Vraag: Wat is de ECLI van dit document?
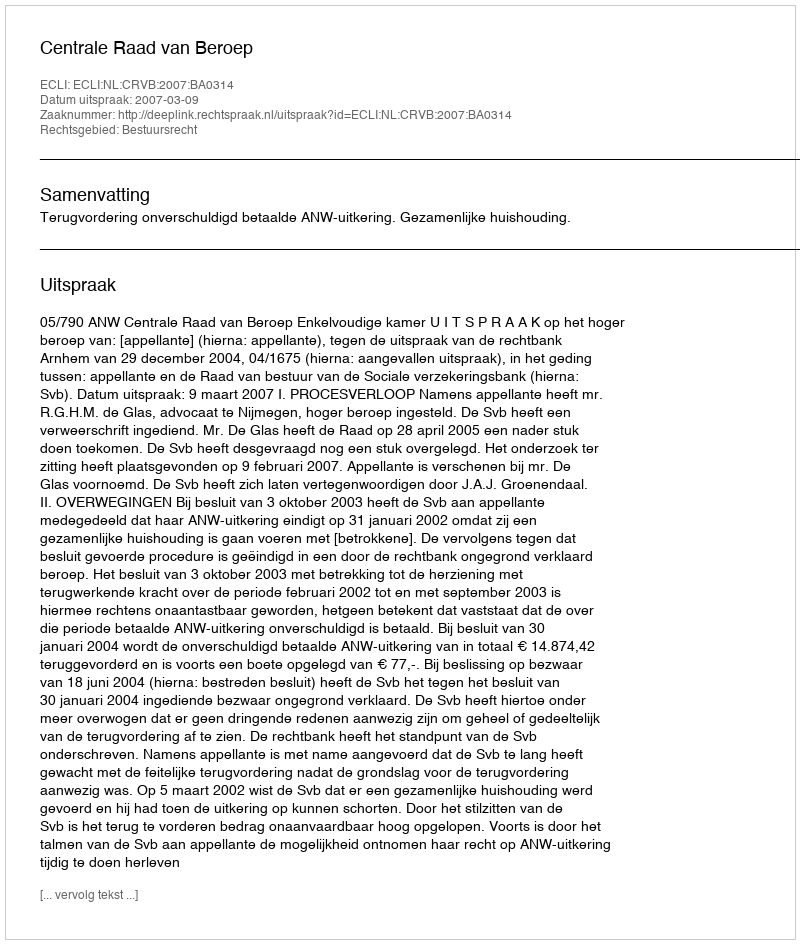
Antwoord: ECLI:NL:CRVB:2007:BA0314